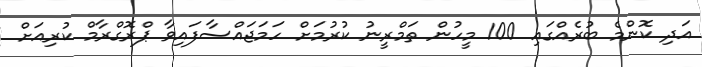
އަދި ކޮންމެ ބުރެއްގައި 100 މީހުން ތަމްރީނު ކުރުމަށް ހަމަޖައްސާފައިވާ ޕްރޮގްރާމް ކުރިއަށް